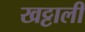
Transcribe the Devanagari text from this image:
खट्टाली